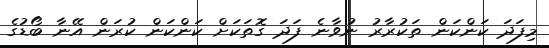
މިފަދަ ކަންކަން ތަކުރާރު ނުވާނެ ފަދަ ގޮތަކަށް ކަންކަން ކުރަން އޭނާ ބޯޑުގެ